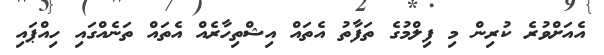
އެއަށްވުރެ ކުރިން މި ފިލްމުގެ ތަފާތު އެތައް އިޝްތިހާރެއް އެތައް ތަނެއްގައި ހިއްޕައި